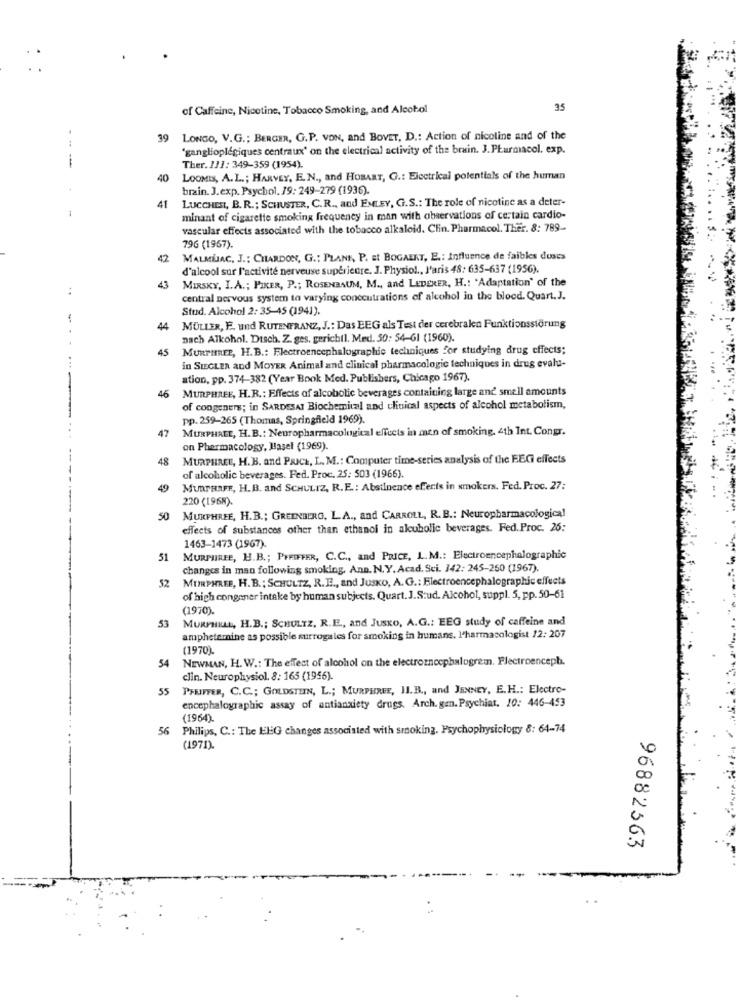
of Caffeine, Nicotine, Tobacco Smoking, and Alcohol
35
39
LONGO, V.G .; BERGER, G.P. VON, and BOVET, D .: Action of nicoline and of the
ganglioplegiques centraux' on the electrical activity of the brain. J.PEurmacol. exp.
-
Ther. 111: 349-359 (1954).
40
LOOMIS, A. L .; HARVEY, E. N ., and HOBART, G .: Electrical potentials of the human
brain. J.exp. Psychol. 19: 249-279 (1936).
41
LUCCHESI, B. R .; SCHUSTER, C.R ., and EMLEY, G.S .: The role of nicotine as a deter-
minant of cigarette smoking frequency in man with observations of certain cardio-
vascular effects associated with the tobacco alkaloid. Clin. Pharmacol. Ther. 8: 789-
796 (1967).
42
MALMUJAC, J .: CHARDON, G .: PLANK, P. st BOGAERT, E .: Influence de faibles duses
d'alcool sur l'activité nerveuse supérieure. J. Physiol ., J'aris 48: 635-637 (1956).
MIRSKY, I.A .; PIKER, P .; ROSENBAUM, M ., and LEDERER, H .: "Adaptation' of the
..
43
central nervous system to varying concentrations of alcohol in the blood. Quart.J.
Stud. Alcohol 2: 35-45 (1941).
44
MULLER, E. und RUTENFRANZ, J .: Das BEG als Test der cerebralen Funktionsstörung
nach Alkohol. Dusch. Z. ges, gerichtl. Med. 50: 54-61 (1960).
45
MURTHREE, H.B .: Electroencephalographie techniques for studying drug effects;
in SIEGLER and MOYER Animal and clinical pharmacologie techniques in drug evalu-
ation, pp. 374-382 (Year Book Med. Publishers, Chicago 1967).
46
MURPHREE, H.R .: Effects of alcoholic beverages containing large and smell amounts
of congeners; in SARDESAI Biochemical and chuical aspects of alcohol metabolism,
pp. 259-265 (Thomas, Springfield 1969).
47
MURPHREL, H. B .: Neuropharmacological effects in men of smoking, 4th Int. Congr.
on Pharmacology, Basel (1969).
48
MURPHREE, H. B. and PRICE, L. M .: Computer time-series analysis of the EEG effects
of alcoholic beverages. Fed. Proc. 25: 503 (1966).
49
MURTHAFE, H.B. and SCHULTZ, R. E. : Abstinence effects in smokers. Fed. Proc. 27:
220 (1968).
50 MURPHREE, H.B .; GREENBERG, L. A ., and CARROLL, R. B .: Neuropharmacological
effects of substances other than ethanol in alcuholic beverages. Fed. Proc. 26:
1463-1473 (1967).
51
MURPHIREE, H.B .; PFEIFFER, C.C ., and PRICE, L.M .: Electroencephalographic
changes in man following smoking, Ann. N. Y. Acad. Sci. 142: 245-260 (1967).
52 MURPHREE, H. B .: SCHULTZ, R.E ., and JusKo, A.G .: Electroencephalographic effects
of high congoner intake by human subjects. Quart. J.S:ud. Alcohol, suppl. 5, pp.50-61
(1970).
MURPHILLL, H.B .; SCHULTZ, R.E ., and JusKo, A.G .: EEG study of caffeine and
53
amphetamine as possible surrogales for smoking in humans. l'harmasologist 12: 207
(1970).
NEWMAN, H. W .: The effect of alcohol on the electromnocphalogrem. Flectroenceph.
54
clin. Neurophysiol. 8: 165 (1956).
55 PFEIFFER, C.C .; GOLDSTEIN, L .; MURPHREE, II. B ., and JENNEY, E.H .: Electro-
encephalographic assay of antianxiety drugs. Arch. gen. Psychiat. 10: 446-453
(1964)
56 Philips, C .: The ElG changes associated with smoking. Psychophysiology 8: 64-74
(1971)
96882563